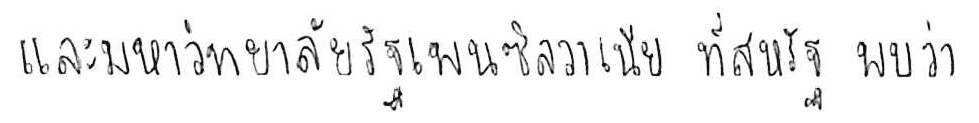
และมหาวิทยาลัยรัฐเพนซิลวาเนีย ที่สหรัฐ พบว่า